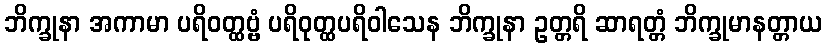
ဘိက္ခုနာ အကာမာ ပရိဝတ္ထဗ္ဗံ ပရိဝုတ္ထပရိဝါသေန ဘိက္ခုနာ ဥတ္တရိ ဆာရတ္တံ ဘိက္ခုမာနတ္တာယ